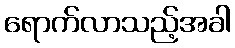
ရောက်လာသည့်အခါ